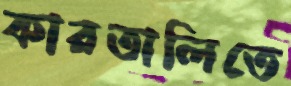
কারতালিতে